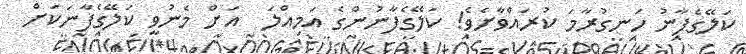
ކަލޭގެފާނު ހަނގުރާމަ ކުރައްވާށެވެ! ކަލޭގެފާނުންގެ އަމިއްލަ  އަށް މެނުވީ ކަލޭގެފާނަކަށް